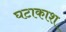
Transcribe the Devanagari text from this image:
घटाकाश